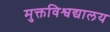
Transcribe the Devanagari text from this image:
मुक्तविश्वद्यालय